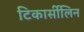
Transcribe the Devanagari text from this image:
टिकार्सीलिन